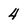
Character: 4